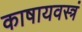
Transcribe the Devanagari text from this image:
काषायवस्त्रं